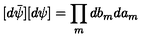
[ d \bar { \psi } ] [ d \psi ] = \prod _ { m } d b _ { m } d a _ { m }